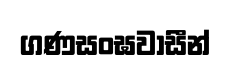
ගණසංඝවාසීන්